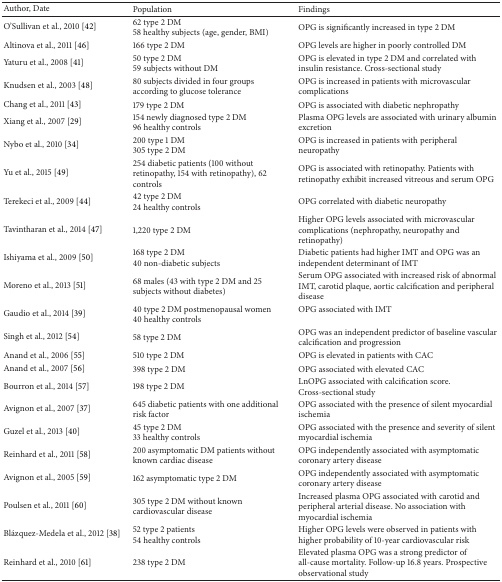
<table><thead><tr><td><b>Author, Date</b></td><td><b>Population</b></td><td><b>Findings</b></td></tr></thead><tbody><tr><td>O'Sullivan et al., 2010 [42]</td><td>62 type 2 DM58 healthy subjects (age, gender, BMI)</td><td>OPG is significantly increased in type 2 DM</td></tr><tr><td>Altinova et al., 2011 [46]</td><td>166 type 2 DM</td><td>OPG levels are higher in poorly controlled DM</td></tr><tr><td>Yaturu et al., 2008 [41]</td><td>50 type 2 DM59 subjects without DM</td><td>OPG is elevated in type 2 DM and correlated with insulin resistance. Cross-sectional study</td></tr><tr><td>Knudsen et al., 2003 [48]</td><td>80 subjects divided in four groups according to glucose tolerance</td><td>OPG is increased in patients with microvascular complications</td></tr><tr><td>Chang et al., 2011 [43]</td><td>179 type 2 DM</td><td>OPG is associated with diabetic nephropathy</td></tr><tr><td>Xiang et al., 2007 [29]</td><td>154 newly diagnosed type 2 DM96 healthy controls</td><td>Plasma OPG levels are associated with urinary albumin excretion</td></tr><tr><td>Nybo et al., 2010 [34]</td><td>200 type 1 DM305 type 2 DM</td><td>OPG is increased in patients with peripheral neuropathy</td></tr><tr><td>Yu et al., 2015 [49]</td><td>254 diabetic patients (100 without retinopathy, 154 with retinopathy), 62 controls</td><td>OPG is associated with retinopathy. Patients with retinopathy exhibit increased vitreous and serum OPG</td></tr><tr><td>Terekeci et al., 2009 [44]</td><td>42 type 2 DM24 healthy controls</td><td>OPG correlated with diabetic neuropathy</td></tr><tr><td>Tavintharan et al., 2014 [47]</td><td>1,220 type 2 DM</td><td>Higher OPG levels associated with microvascular complications (nephropathy, neuropathy and retinopathy)</td></tr><tr><td>Ishiyama et al., 2009 [50]</td><td>168 type 2 DM40 non-diabetic subjects</td><td>Diabetic patients had higher IMT and OPG was an independent determinant of IMT</td></tr><tr><td>Moreno et al., 2013 [51]</td><td>68 males (43 with type 2 DM and 25 subjects without diabetes)</td><td>Serum OPG associated with increased risk of abnormal IMT, carotid plaque, aortic calcification and peripheral disease</td></tr><tr><td>Gaudio et al., 2014 [39]</td><td>40 type 2 DM postmenopausal women40 healthy controls</td><td>OPG associated with IMT</td></tr><tr><td>Singh et al., 2012 [54]</td><td>58 type 2 DM</td><td>OPG was an independent predictor of baseline vascular calcification and progression</td></tr><tr><td>Anand et al., 2006 [55]</td><td>510 type 2 DM</td><td>OPG is elevated in patients with CAC</td></tr><tr><td>Anand et al., 2007 [56]</td><td>398 type 2 DM</td><td>OPG associated with elevated CAC</td></tr><tr><td>Bourron et al., 2014 [57]</td><td>198 type 2 DM</td><td>LnOPG associated with calcification score. Cross-sectional study</td></tr><tr><td>Avignon et al., 2007 [37]</td><td>645 diabetic patients with one additional risk factor</td><td>OPG associated with the presence of silent myocardial ischemia</td></tr><tr><td>Guzel et al., 2013 [40]</td><td>45 type 2 DM33 healthy controls</td><td>OPG associated with the presence and severity of silent myocardial ischemia</td></tr><tr><td>Reinhard et al., 2011 [58]</td><td>200 asymptomatic DM patients without known cardiac disease</td><td>OPG independently associated with asymptomatic coronary artery disease</td></tr><tr><td>Avignon et al., 2005 [59]</td><td>162 asymptomatic type 2 DM</td><td>OPG independently associated with asymptomatic coronary artery disease</td></tr><tr><td>Poulsen et al., 2011 [60]</td><td>305 type 2 DM without known cardiovascular disease</td><td>Increased plasma OPG associated with carotid and peripheral arterial disease. No association with myocardial ischemia</td></tr><tr><td>Blázquez-Medela et al., 2012 [38]</td><td>52 type 2 patients54 healthy controls</td><td>Higher OPG levels were observed in patients with higher probability of 10-year cardiovascular risk</td></tr><tr><td>Reinhard et al., 2010 [61]</td><td>238 type 2 DM</td><td>Elevated plasma OPG was a strong predictor of all-cause mortality. Follow-up 16.8 years. Prospective observational study</td></tr></tbody></table>